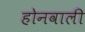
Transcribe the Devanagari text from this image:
होनवाली